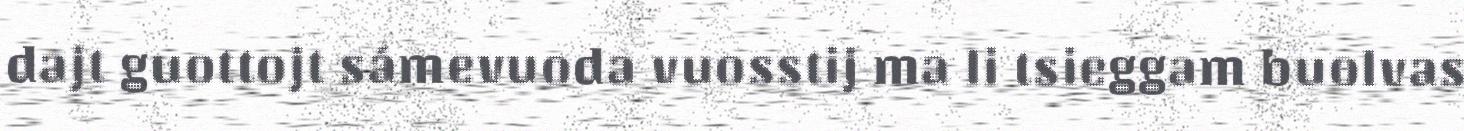
dajt guottojt sámevuoda vuosstij ma li tsieggam buolvas